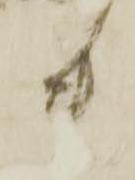
ま